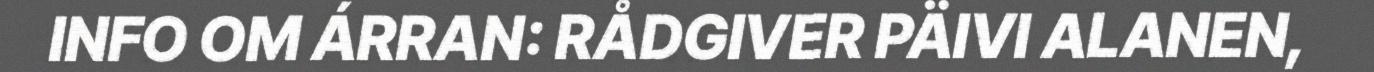
INFO OM ÁRRAN: RÅDGIVER PÄIVI ALANEN,